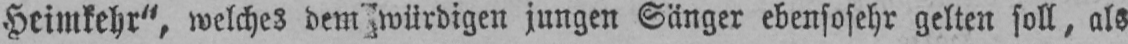
jungen Sänger ebensosehr gelten soll, als